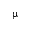
\upmu